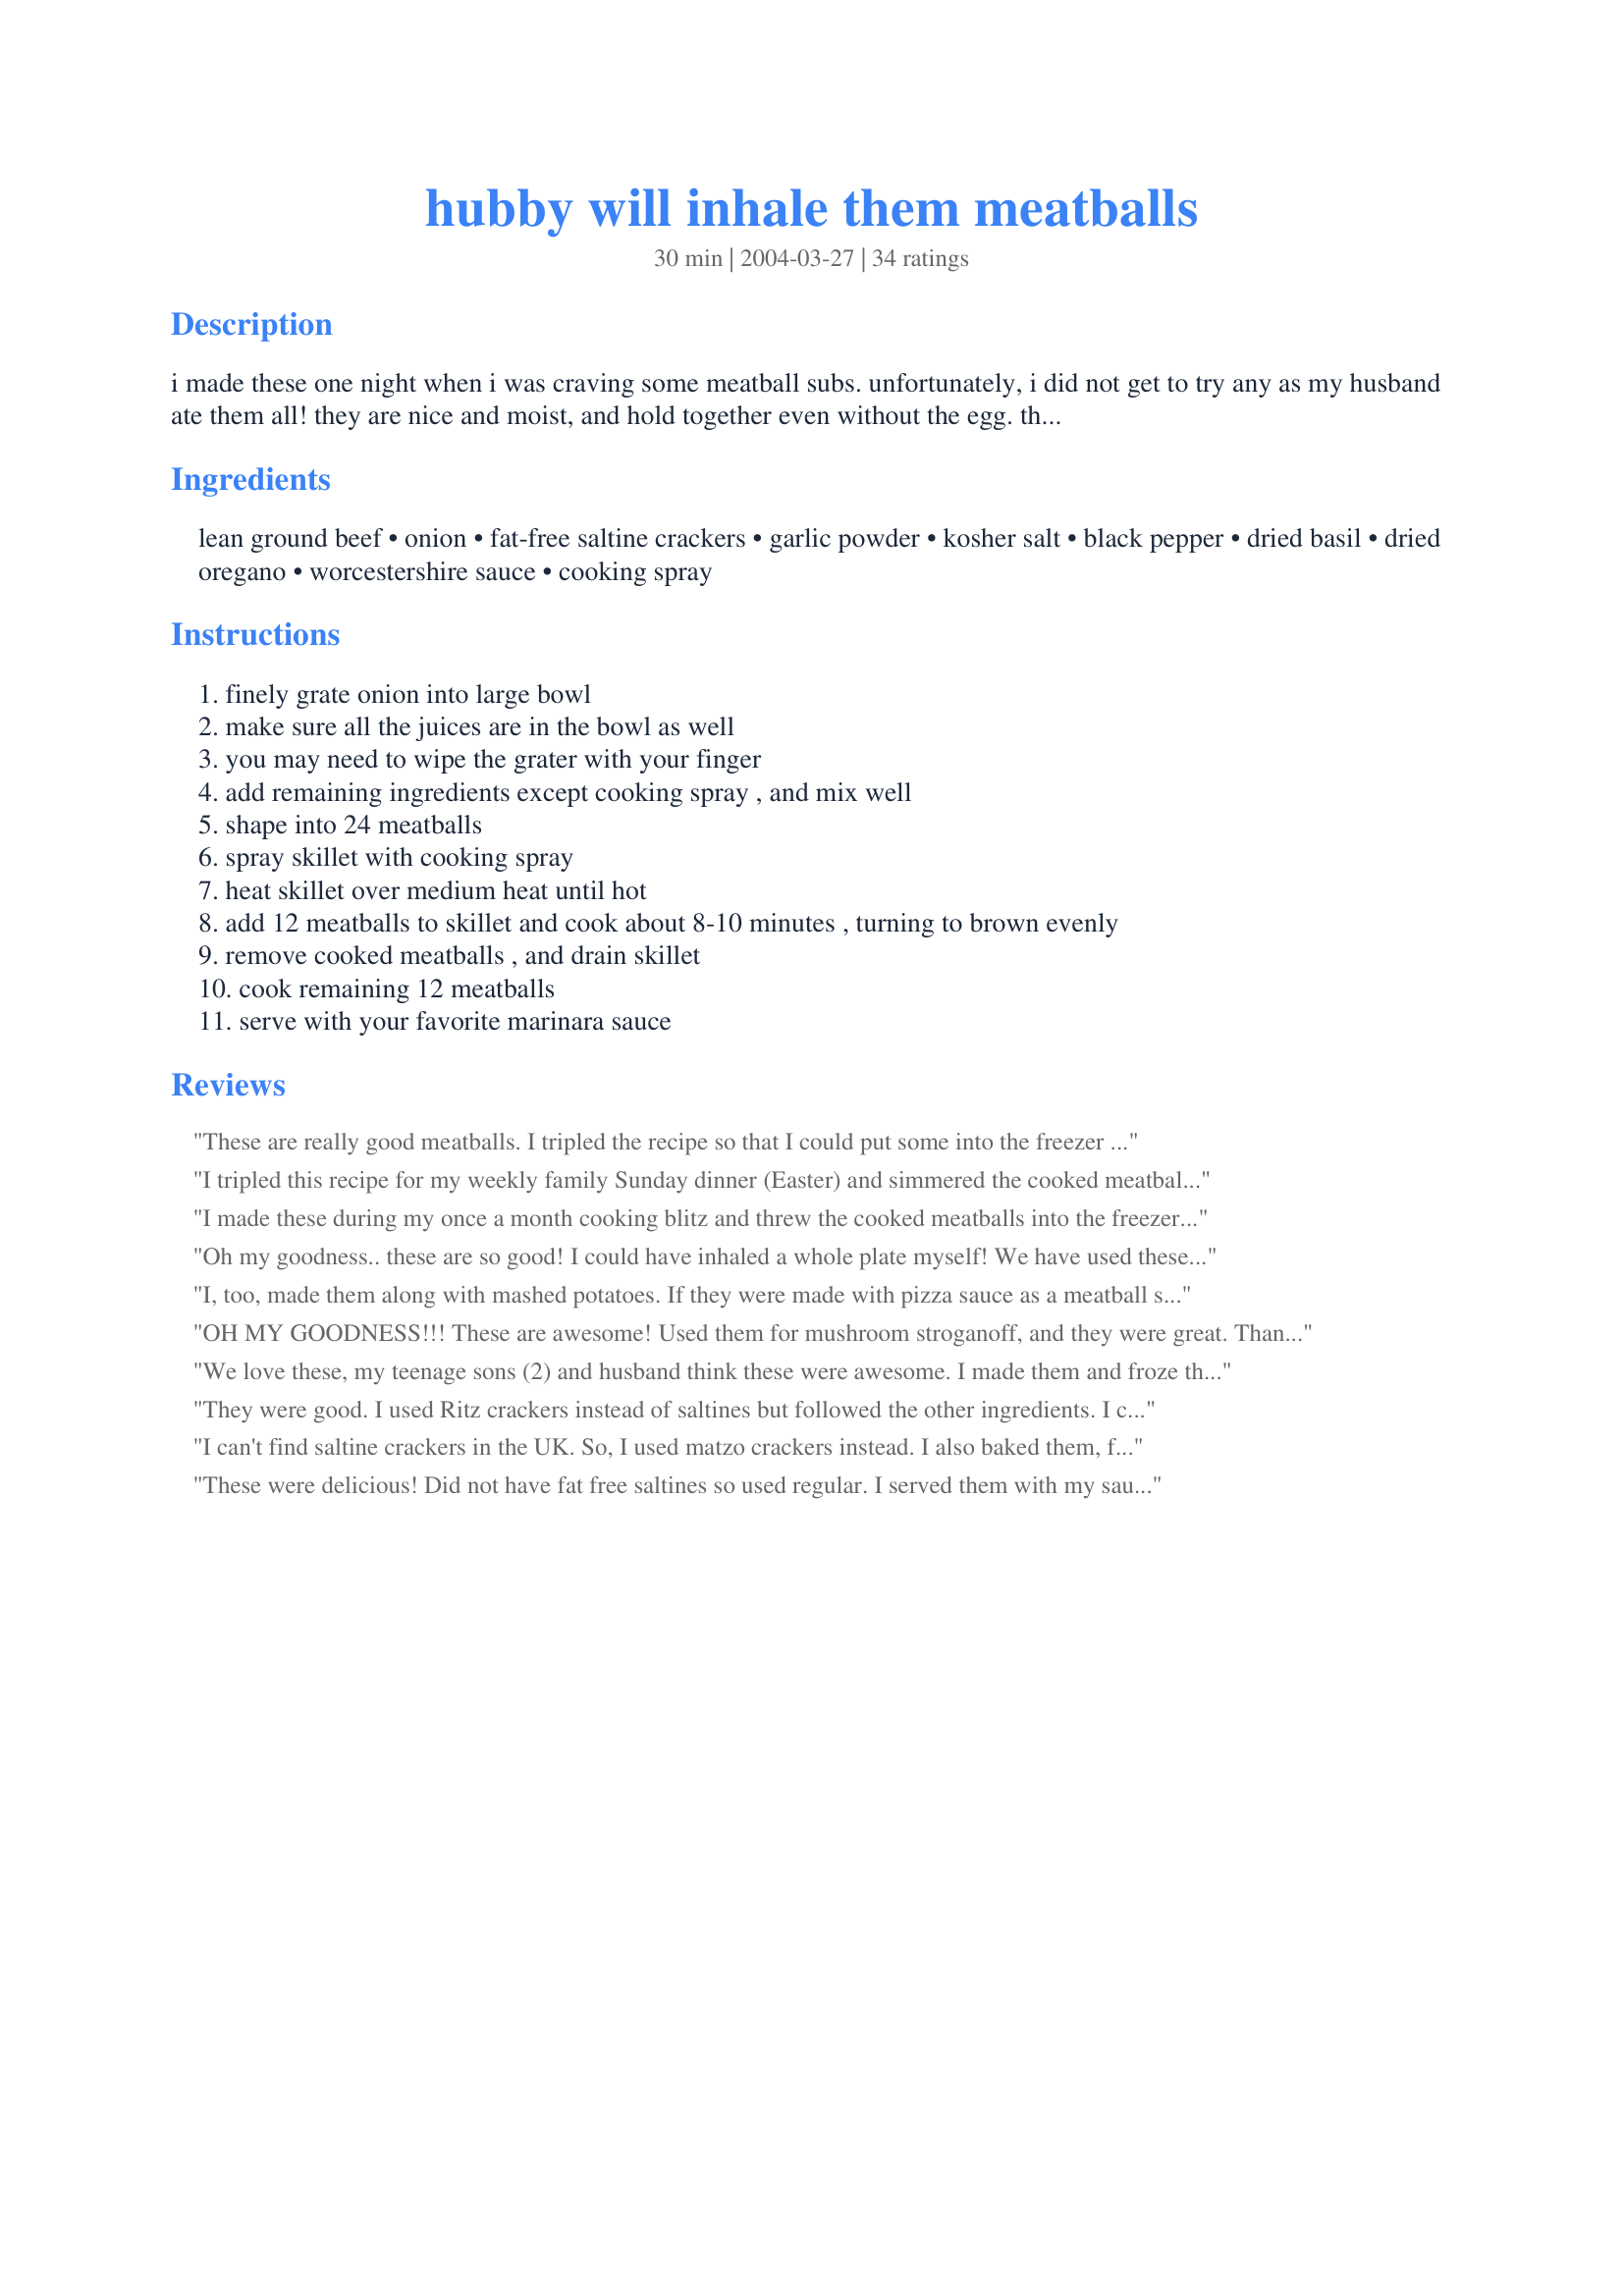
hubby will inhale them meatballs
Preparation time: 30 minutes

i made these one night when i was craving some meatball subs. unfortunately, i did not get to try any as my husband ate them all! they are nice and moist, and hold together even without the egg. they are 6 ww points for four meatballs.

Ingredients:
lean ground beef, onion, fat-free saltine crackers, garlic powder, kosher salt, black pepper, dried basil, dried oregano, worcestershire sauce, cooking spray

Steps:
finely grate onion into large bowl
make sure all the juices are in the bowl as well
you may need to wipe the grater with your finger
add remaining ingredients except cooking spray , and mix well
shape into 24 meatballs
spray skillet with cooking spray
heat skillet over medium heat until hot
add 12 meatballs to skillet and cook about 8-10 minutes , turning to brown evenly
remove cooked meatballs , and drain skillet
cook remaining 12 meatballs
serve with your favorite marinara sauce

Reviews:
These are really good meatballs. I tripled the recipe so that I could put some into the freezer for when I have company later this month. I only doubled the spices as I was worried they would be too strong if I tripled them, but I tripled the onion, Worcestershire and the cracker crumbs. I also didn't fry them, instead opting to bake them in a hot oven for about 10 minutes. They browned evenly and were delicious! Thanks for a great make ahead recipe that is full of flavour and very easy to put together!
I tripled this recipe for my weekly family Sunday dinner (Easter) and simmered the cooked meatballs in jarred (sorry) marinara sauce for spaghetti. There isn't one meatball left. I used ground sirlion because it was on sale for the same price as regular ground beef. These meatballs were great. The spices used made it perfect for an Italian dish. Even my son who doesn't eat spaghetti just had the meatballs and sauce as a meatball sub and enjoyed it.
I made these during my once a month cooking blitz and threw the cooked meatballs into the freezer for a quick supper later in the month. I made Sweet and Sour Sauce recipe#26230 and tossed the meatballs in until they were heated and then served it with rice. It was a great supper, thanks!
Oh my goodness.. these are so good! I could have inhaled a whole plate myself! We have used these for spagetti and meatballs and meatball subs. They have great flavor and are so versatile.
I, too, made them along with mashed potatoes. If they were made with pizza sauce as a meatball sandwich, they may have been better, but I found that on their own the taste was just not what I expected them to be with the other reviews. They were too dry and the spices were a little overpowering for my taste.
OH MY GOODNESS!!! These are awesome! Used them for mushroom stroganoff, and they were great. Thanks!! Will be making more of these!
We love these, my teenage sons (2) and husband think these were awesome. I made them and froze them till I needed them and they were great. Didn't alter the recipe and they turned out fine. Thanks
They were good. I used Ritz crackers instead of saltines but followed the other ingredients. I cooked the meatballs in the oven for 20 minutes in a 350 degree F. oven. We had them without any sauce and the taste reminded me of meatloaf. I could picture this with a creamy mushroom sauce.
I can't find saltine crackers in the UK. So, I used matzo crackers instead. I also baked them, following the suggestion of another reviewer. They were very easy to make. They were made for freezing but the one I tasted got my approval.
These were delicious! Did not have fat free saltines so used regular. I served them with my sauce over rigatoni. Thanks for the recipe Amanda
Perfect name for these as I hardly got any! Hubby did inhale them. I have made these twice now and the second time I served them with 'Mushroom Sauce for Meatballs' Recipe #121093 and had the same results! I did have to use water biscuits instead of saltines both times because saltines aren't available here, but it was moreish nonetheless. I have also passed this on to family members and friends as a keeper. Thank you for sharing Amanda Beth. :)
I doubled the recipe and used 1/2 ground beef 1/2 ground pork and Matzo crackers because that's what I had to hand! Next time I am going to use my wheat free crackers, so I can eat them as part of a meal. I fried 7 of them just for a taster (delish) and froze the rest for an easy meal in term time. Spices were spot on, perfectly moist. I am going to bake then next batch, so will pop back with an update later. Thanks for sharing Amanda Beth

UPDATE: Cooked well from frozen, baked them and they turned out just as nice. See photo of them just before going in the oven.
I made these for dinner the other night and my family inhaled them! I served these along side mashed potato's and a a veggie blend. I will be making these again very soon.
I buy ground turkey by the case at our warehouse club. Whenever I pick one up I make 5 lbs. of these meatballs, scaling back the worcestershire sauce a bit to make them a little more all-purpose. I use a cookie scoop to portion out single tablespoon meatballs and bake them at 350 for 20 minutes. Then I use them in spaghetti, subs, swedish meatballs, chili&jelly sauce...
These are very good meatballs, my family gave a two thumbs up.
I served them after freezing for a few weeks, and they turned out great!
Thanks for a great recipe!
Great recipe for OAMC & I love that they are baked. Doubled the recipe, omitted the salt as I felt it unnecessary. Also used real garlic because I had it & added minced green pepper only because it had to be used up. Have made this several times with excellent results, a definite keeper........... oh & yes, the name is very fitting :-)
I baked mine at 400F for 20 minutes and froze for later. The ones I taste-tested were really flavorful! I added some shredded green bell pepper as well.
This is basically the recipe I use, minus the Worcestershire. What I can't figure out is how you get 24 meatballs out of one lb of beef. I use 3# and get 24. They must be the size of marbles.
These are yummy!! I made them with a few changes: I used 1/2 c. Italian seasoned bread crumbs instead of the crackers; I added 1 egg; and I added 1/4 c. fresh grated parmesan cheese. Also, I put them on a greased baking sheet and baked them in a 350 degree oven for 20-25 min. These made wonderful meatball sandwiches. Thank you for sharing this recipe. It is definitely a keeper!!
My hubby doesn't eat beef so I made these with ground turkey, and since I'm on low carb I used crushed pork rinds instead of the saltine crackers. They were delicious! I've now made them twice in less than a week. The first batch I cooked in the skillet as directed, which was kind of time consuming. The 2nd batch I decided to cut down the work time so I baked them at 400F for about 40 mins. to make sure the turkey was cooked all the way through. Slightly better texturally cooked in the skillet, but truly outstanding either way. Hubby loved them too, although he didn't quite inhale them. :-) I will definitely make these again and again, tripling the recipe (as I did the 2nd time), and freezing them for light lunches and snacks. Thanks!
Great meatballs. I made them ahead to freeze for later and followed the recipe exactly, apart from using breadcrumbs instead of the saltine crackers as I didn't have any in. Thanks for sharing!
Super easy and yummy!!
I followed the recipe exactly except for the crackers- I didn't have any, so I used about 3/4 C of oats. Delicious!! I cooked them in the oven at 350 for 20 minutes.
Very good basic meatball recipe that fits into a variety of recipes. My family loves them. I make them 1/2 ground pork and 1/2 ground beef because that's a personal taste preference and I cook them in the oven for 20 minutes rather than frying them in a skillet. Thanks for the recipe!
These were great meatballs...love not having to use an egg in the mixture! I used oyster crackers because that's all I had and baked them for 15-18 min at 350. Delicious and great with spaghetti! Thanks for a keeper!!
Dh did not really inhale them- he thought they were sort of soggy... He can be picky about meatballs (guess he is a purist lol). Ended up trying 1-2, and froze the rest in a mushroom sauce. Had tonight for dinner. Thanks so much for sharing!
I gave this recipe 3 stars. These are good meatballs. This is the first time I made a meatball with crushed crackers. I used regular saltines but followed the rest of the recipe exactly. I did bake my meatballs for 15 minutes after frying to make sure they were fully cooked. I also doubled the batch of meatball mix and made my meatballs bigger then recommended as we like big meatballs. Next time I make these I will change the grated onion to finely chopped onion as the grated onion was really powerful and burns when it gets in your eyes (I'm 4 "11") LOL. Overall these were good and we will have them again. Thanks for posting a good recipe. Christine (internetnut)
These are great! I made a double batch and ended up with about 60 meatballs. DH asked "are we going to be eating meatballs for the next month?!" No, silly, I'm freezing them so we can try a bunch of different sauces with them. I served the first ones with a beef burgundy sauce and egg noodles. DH liked them, which is always a good thing. Thanks! :)
i baked them a 350 degree oven for 20 minutes and they were great
These meatballs were very basic and just fine. But that's all... just fine. Very kid friendly though I am sure and for those that don't have very adventurous palates. Perhaps simmered in a flavorful sauce, they would be a bit more exciting. Thanks for a fast, easy recipe :) Oh, I also baked these instead of frying, broiling for a caramelized crust before tossing in a cream sauce and serving over egg noodles.
These were so good. I quadrupled the recipe and made froze them in sets of 25 for when our baby came. I made them with mushroom sauce 1210936. Thanks!
These are so good! The onion is what does it! They sweeten up as they cook...wow...I used whole grain saltines, and A1 in place of the worcestershire..I baked and then froze these...pulled em out to defrost and then tossed them into some simmering sauce before serving...they broke up a bit but it didnt matter..will be making double, triple, quad- (well i wont get too carried away :) ) batches of these in the future!!
My husband made this recipe into patties for the freezer. When we thawed and barbequed some about a month later, they were delicious and very juicy.
I made these for Christmas Eve Dinner to go with Baked Ziti. My husband and 3 boys really enjoyed them. My oldest son said he thinks they are the best meatballs he's ever tried! :) I'll be making these again. Thanks for the great recipe.
WOW! I cannot believe I forgot to rate these. They are fabulous and they are so easy to make. I was looking for a meatball recipe for the oven and one reduced in fat. This fit the bill. I am rating now because I am making again as I just emptied the bag I had saved them in. Crimminy, DH really liked these. I made a meal of spaghetti and meatballs (my sauce), meatball subs, using #175079 Plain Ole Italian Bread Abm to make the rolls, and then threw some in some chicken stock with veggies for a meatball soup. Thank you. Off to make more.
